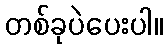
တစ်ခုပဲပေးပါ။